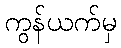
ကွန်ယက်မှ